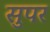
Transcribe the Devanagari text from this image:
सुपर